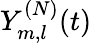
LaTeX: Y_{m,l}^{(N)}(t)